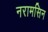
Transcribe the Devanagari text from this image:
नरामसिन